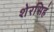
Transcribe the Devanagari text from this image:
शेरसिहं